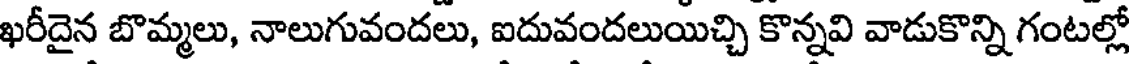
ఖరీదైన బొమ్మలు, నాలుగువందలు, ఐదువందలుయిచ్చి కొన్నవి వాడుకొన్ని గంటల్లో